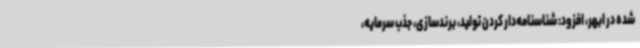
شده در ابهر، افزود: شناسنامه‌دار کردن تولید، برندسازی، جذب سرمایه،